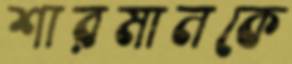
শারমানকে